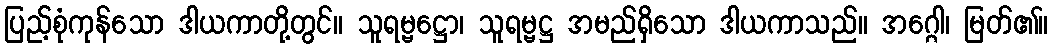
ပြည့်စုံကုန်သော ဒါယကာတို့တွင်။ သူရမ္ဗဋ္ဌော၊ သူရမ္ဗဋ္ဌ အမည်ရှိသော ဒါယကာသည်။ အဂ္ဂေါ၊ မြတ်၏။